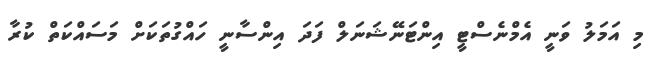
މި އަމަލު ވަނީ އެމްނެސްޓީ އިންޓަނޭޝަަނަލް ފަދަ އިންސާނީ ހައްގުތަކަށް މަސައްކަތް ކުރާ